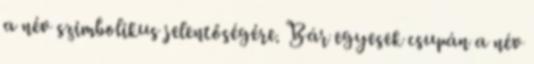
a név szimbolikus jelentőségére. Bár egyesek csupán a név